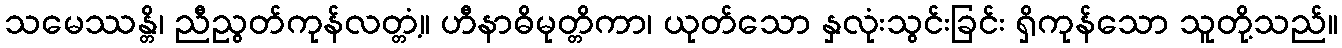
သမေဿန္တိ၊ ညီညွတ်ကုန်လတ္တံ့။ ဟီနာဓိမုတ္တိကာ၊ ယုတ်သော နှလုံးသွင်းခြင်း ရှိကုန်သော သူတို့သည်။